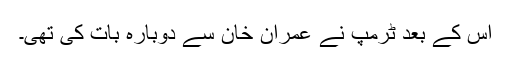
اس کے بعد ٹرمپ نے عمران خان سے دوبارہ بات کی تھی۔